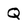
Character: Q